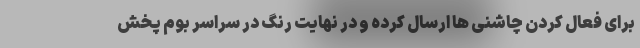
برای فعال کردن چاشنی ها ارسال کرده و در نهایت رنگ در سراسر بوم پخش